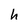
Character: h